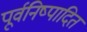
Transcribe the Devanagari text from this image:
पूर्वनिष्पादित